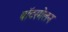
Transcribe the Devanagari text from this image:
वॉटरमेलन